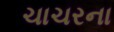
ચાચરના